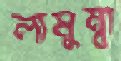
লামুম্বা